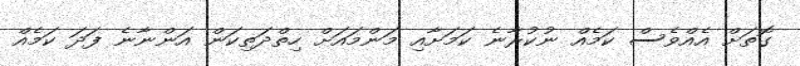
ގޮތަށް އެއްވެސް ކަމެއް ނުކުރާނެ ކަމަށާއި މަންމައަށް ހިތްދަތިކަން އަންނާނެ ފަދަ ކަމެއް